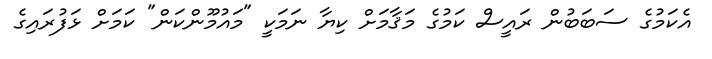
އެކަމުގެ ސަބަބުން ރައީސް ކަމުގެ މަޤާމަށް ކިޔާ ނަމަކީ "މައުމޫންކަން" ކަމަށް ޅަފުރައިގެ